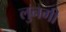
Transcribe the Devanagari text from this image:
लुनगी